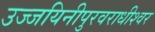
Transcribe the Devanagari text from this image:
उज्जयिनीपुरवराधीश्वर